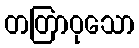
တတြာဝုသော